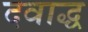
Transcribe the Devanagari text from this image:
दवाद्ध